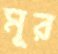
মূর